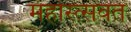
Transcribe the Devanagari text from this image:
महोस्त्सवत